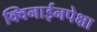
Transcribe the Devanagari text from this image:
क्विनाईनपेक्षा